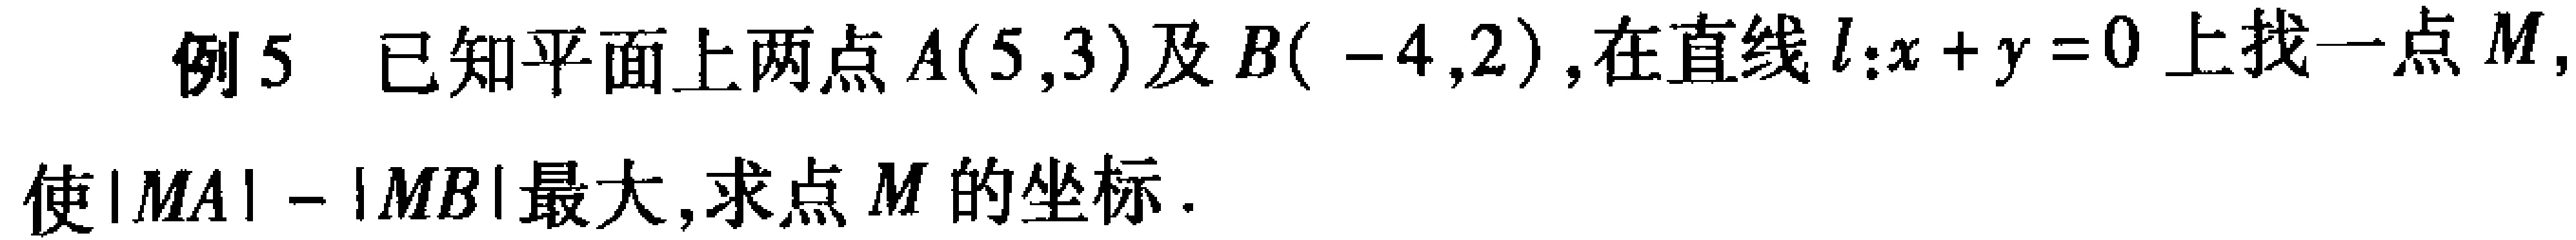
例5 已知平面上两点\(A(5,3)\)及\(B(-4,2)\)，在直线\(l:x + y = 0\)上找一点\(M\)，使\(\vert MA\vert-\vert MB\vert\)最大，求点\(M\)的坐标.